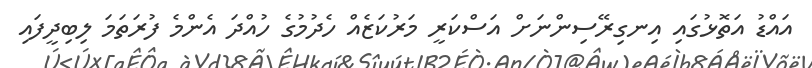
އައްޑު އަތޮޅުގައި އިނގިރޭސިންނަށް އަސްކަރީ މަރުކަޒެއް ހެދުމުގެ ހުއްދަ އެންމެ ފުރަތަމަ ލިބިދީފައި